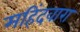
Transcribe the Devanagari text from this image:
महिंदवारा